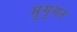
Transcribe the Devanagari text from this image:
मुगुगन